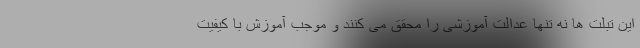
این تبلت ها نه تنها عدالت آموزشی را محقق می کنند و موجب آموزش با کیفیت